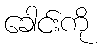
ခေါင်းကို